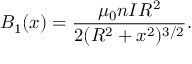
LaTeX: B _ { 1 } ( x ) = { \frac { \mu _ { 0 } n I R ^ { 2 } } { 2 ( R ^ { 2 } + x ^ { 2 } ) ^ { 3 / 2 } } } .